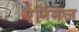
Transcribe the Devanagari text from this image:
ऐनिमेज